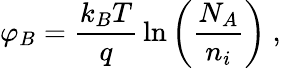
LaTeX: \varphi_{B}={\frac{k_{B}T}{q}}\ln\left({\frac{N_{A}}{n_{i}}}\right)\ ,